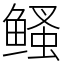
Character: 鳋